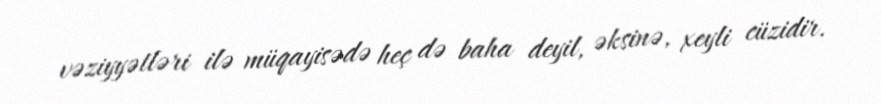
vəziyyətləri ilə müqayisədə heç də baha deyil, əksinə, xeyli cüzidir.